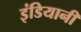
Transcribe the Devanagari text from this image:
इंडियानी